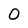
Character: 0